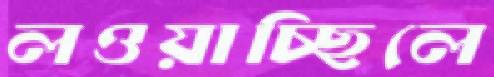
লওয়াচ্ছিলে